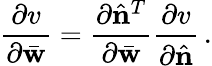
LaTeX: \frac{\partial v}{\partial\bar{\mathbf w}}=\frac{\partial\hat{\mathbf n}^{T}}{\partial\bar{\mathbf w}}\frac{\partial v}{\partial\hat{\mathbf n}}\, .